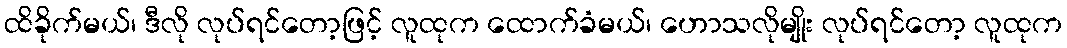
ထိခိုက်မယ်၊ ဒီလို လုပ်ရင်တော့ဖြင့် လူထုက ထောက်ခံမယ်၊ ဟောသလိုမျိုး လုပ်ရင်တော့ လူထုက